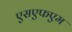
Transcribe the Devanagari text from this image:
एसएफएम